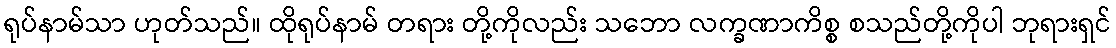
ရုပ်နာမ်သာ ဟုတ်သည်။ ထိုရုပ်နာမ် တရား တို့ကိုလည်း သဘော လက္ခဏာကိစ္စ စသည်တို့ကိုပါ ဘုရားရှင်